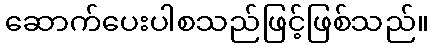
ဆောက်ပေးပါစသည်ဖြင့်ဖြစ်သည်။